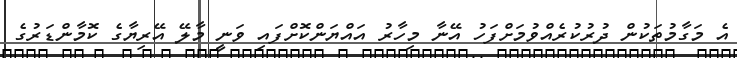
އެ މަގާމުތަކުން ދުރުކުރެއްވުމަށްފަހު އޭނާ މިހާރު އައްޔަންކޮށްފައި ވަނީ މާލޭ އޭރިޔާގެ ކޮމާންޑަރުގެ